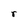
Character: r